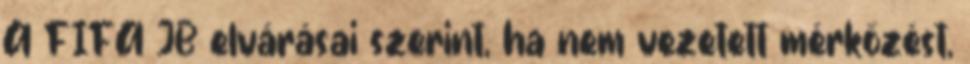
A FIFA JB elvárásai szerint, ha nem vezetett mérkőzést,